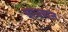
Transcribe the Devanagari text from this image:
वाधवान